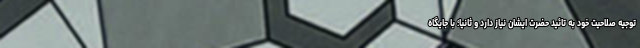
توجیه صلاحیت خود به تائید حضرت ایشان نیاز دارد و ثانیاً؛ با جایگاه